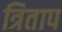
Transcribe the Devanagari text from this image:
त्रिताप